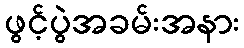
ဖွင့်ပွဲအခမ်းအနား